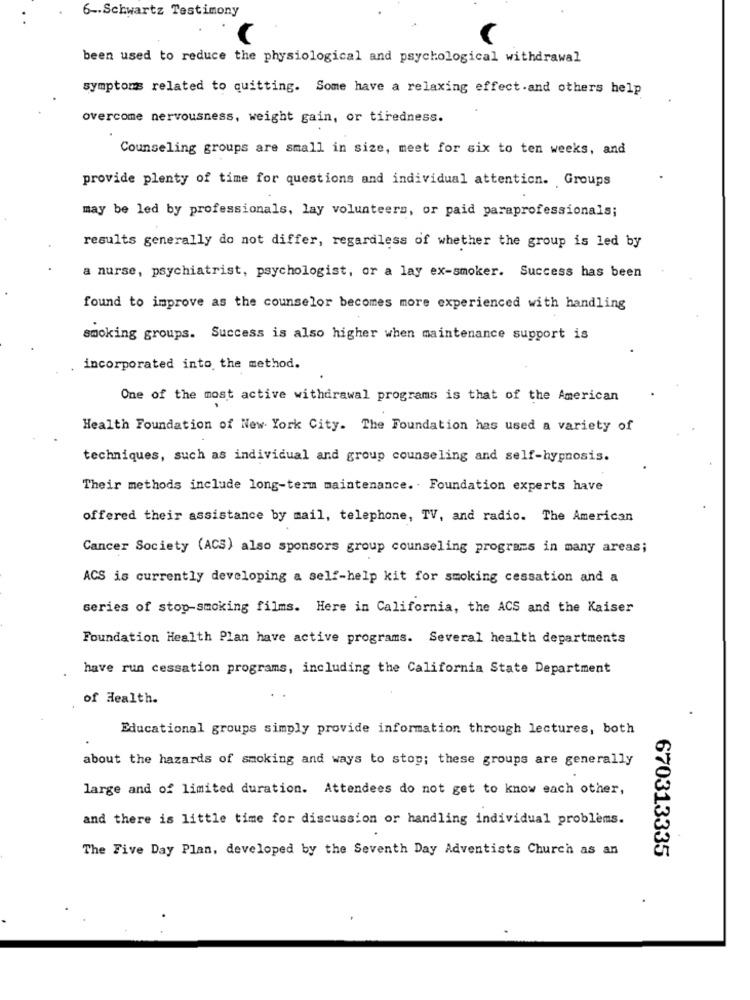
6 -. Schwartz Testimony
been used to reduce the physiological and psychological withdrawal
symptoms related to quitting. Some have a relaxing effect.and others help
overcome nervousness, weight gain, or tiredness.
Counseling groups are small in size, meet for six to ten weeks, and
provide plenty of time for questions and individual attention. Groups
may be led by professionals, lay volunteers, or paid paraprofessionals;
results generally do not differ, regardless of whether the group is led by
a nurse, psychiatrist, psychologist, or a lay ex-smoker. Success has been
found to improve as the counselor becomes more experienced with handling
smoking groups. Success is also higher when maintenance support is
incorporated into the method.
One of the most active withdrawal programs is that of the American
Health Foundation of New York City. The Foundation has used a variety of
techniques, such as individual and group counseling and self-hypnosis.
Their methods include long-term maintenance. . Foundation experts have
offered their assistance by mail, telephone, TV, and radio. The American
Cancer Society (ACS) also sponsors group counseling programs in many areas;
ACS is currently developing a self-help kit for smoking cessation and a
series of stop-smoking films. Here in California, the ACS and the Kaiser
Foundation Health Plan have active programs. Several health departments
have run cessation programs, including the California State Department
of Health.
Educational groups simply provide information through lectures, both
about the hazards of smoking and ways to stop; these groups are generally
large and of limited duration. Attendees do not get to know each other,
and there is little time for discussion or handling individual problems.
The Five Day Plan, developed by the Seventh Day Adventists Church as an
670313335